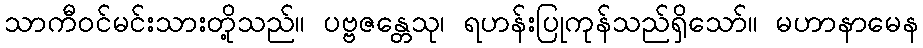
သာကီဝင်မင်းသားတို့သည်။ ပဗ္ဗဇန္တေသု၊ ရဟန်းပြုကုန်သည်ရှိသော်။ မဟာနာမေန